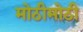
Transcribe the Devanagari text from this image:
मोठीमोठी